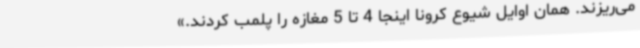
می‌ریزند. همان اوایل شیوع کرونا اینجا 4 تا 5 مغازه را پلمب کردند.»